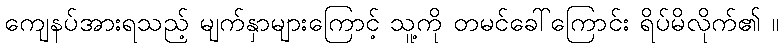
ကျေနပ်အားရသည့် မျက်နှာများကြောင့် သူ့ကို တမင်ခေါ်ကြောင်း ရိပ်မိလိုက်၏ ။